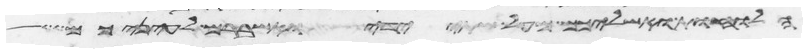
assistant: הלוחות ואשליכם מעל שתי ידי ואשברם לעיניכם